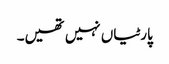
پارٹیاں نہیں تھیں۔